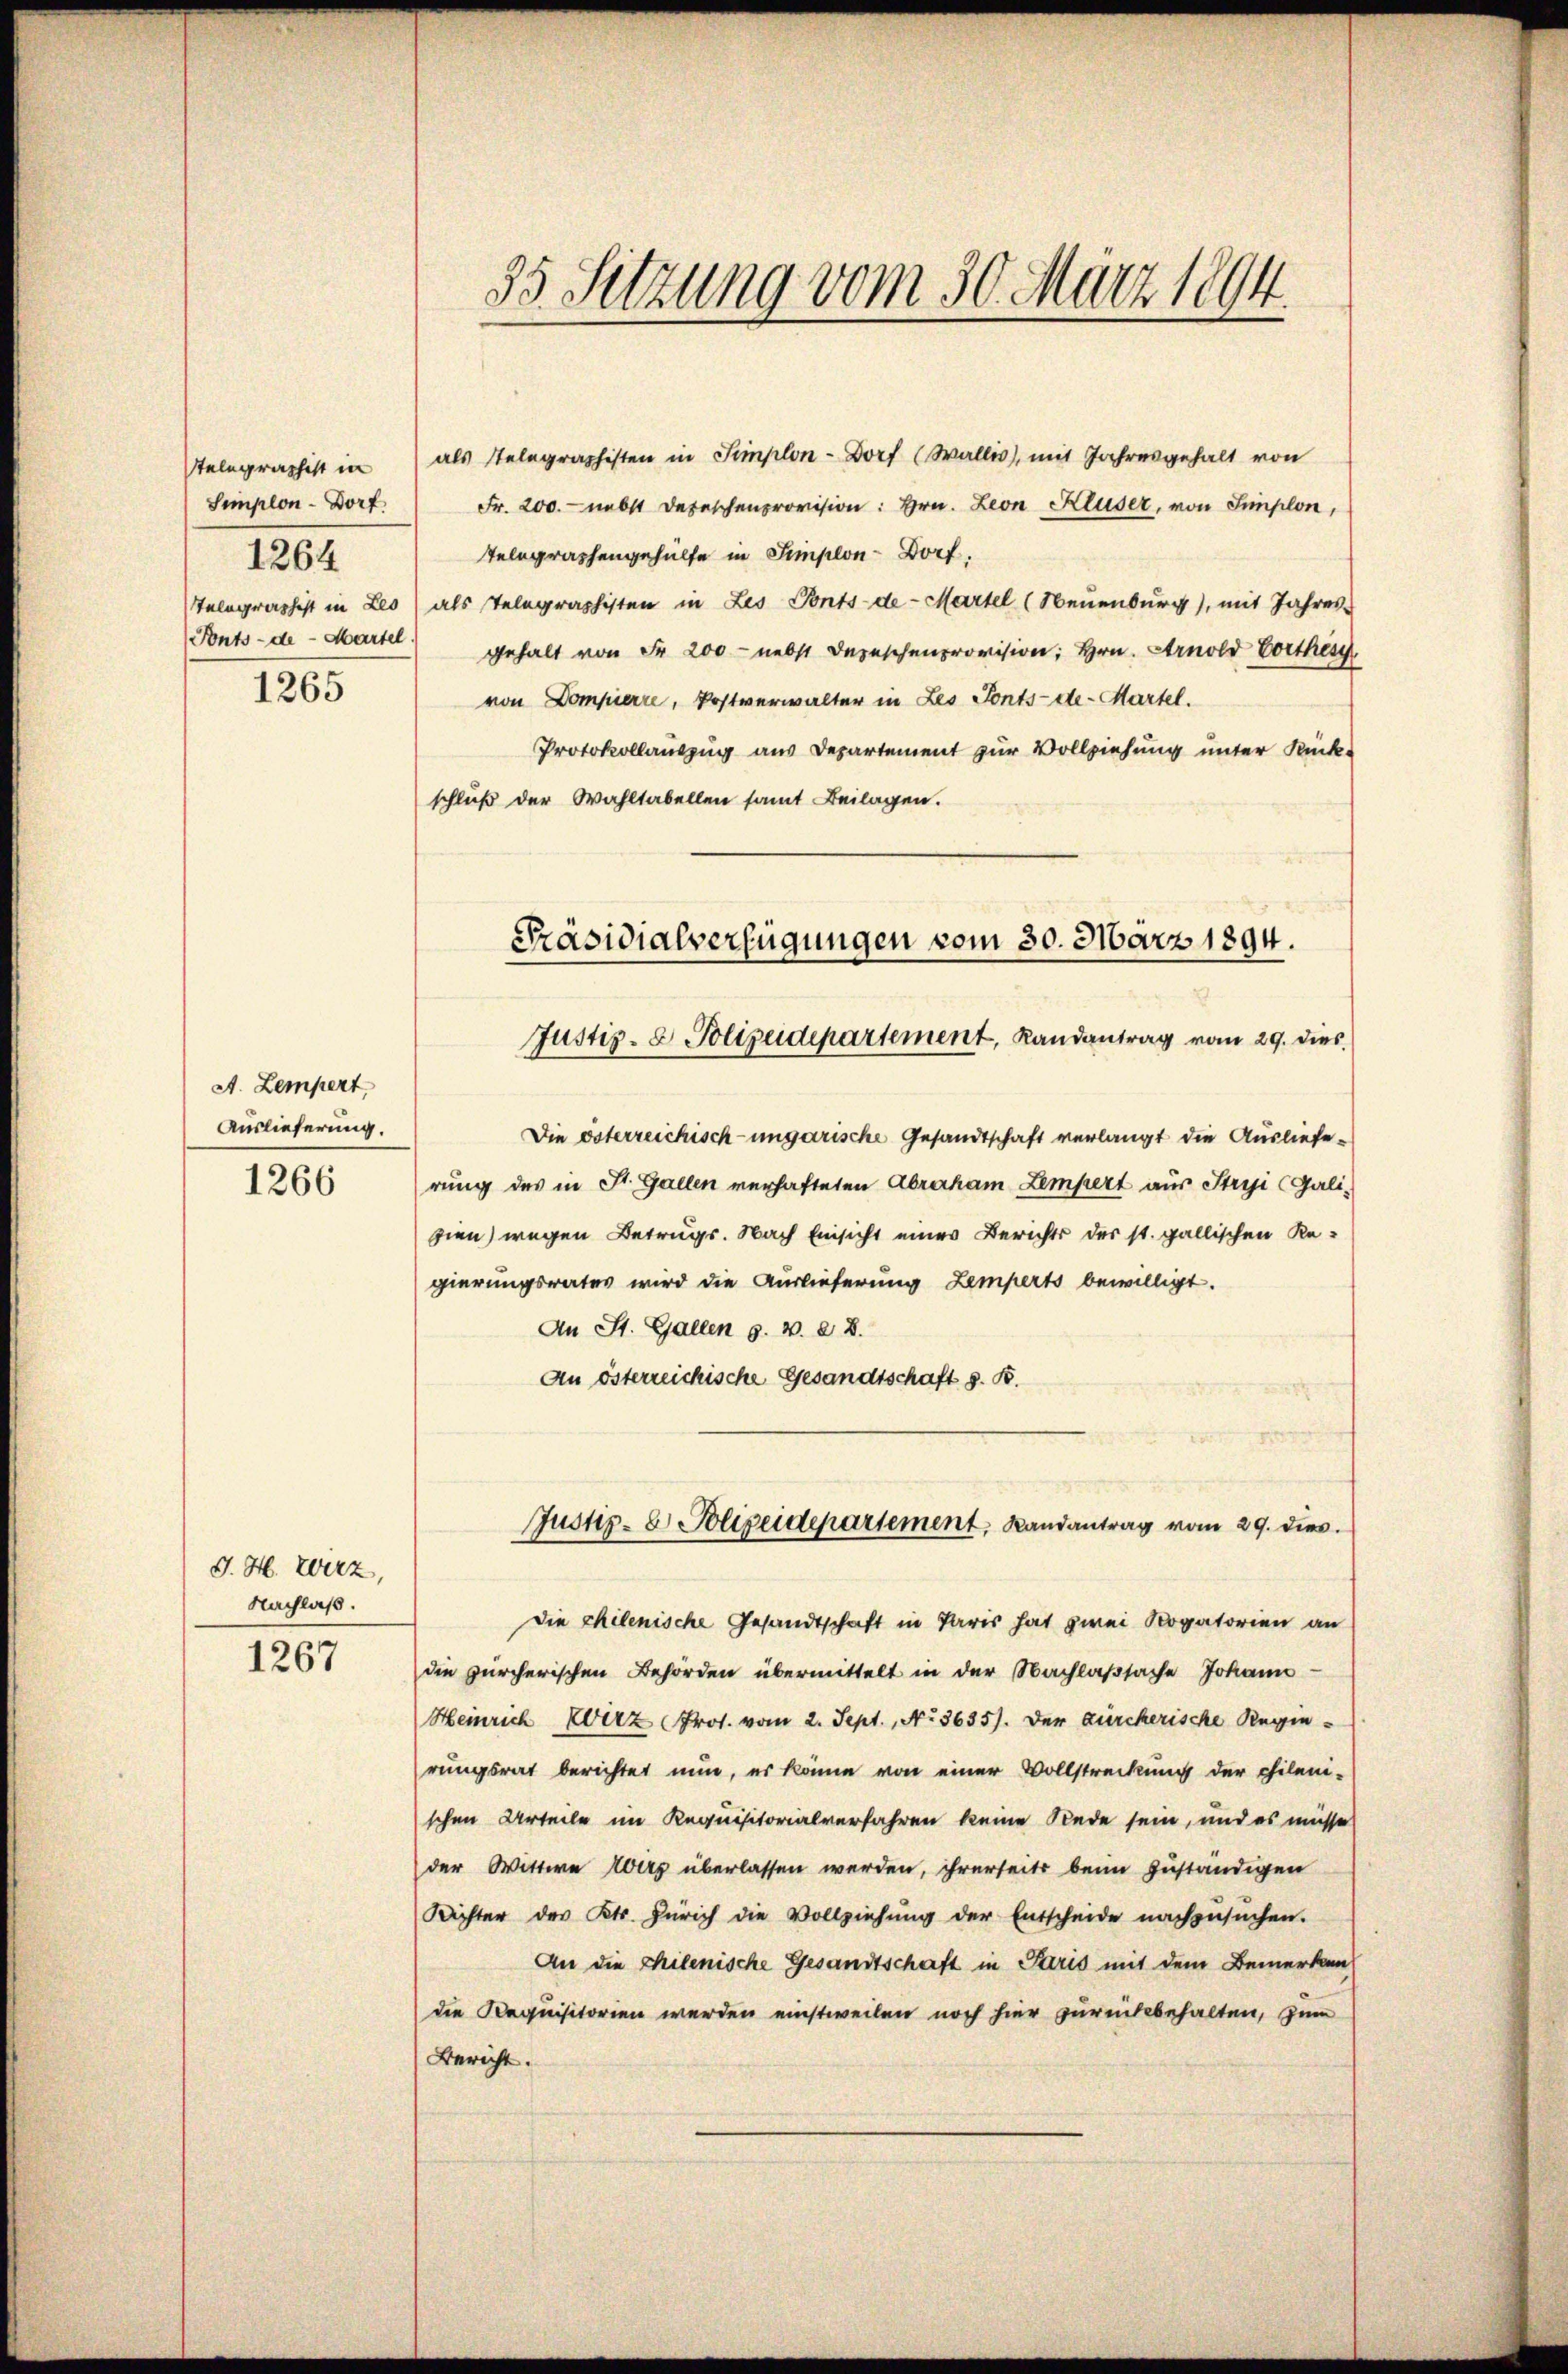
telegraphist in
Simplon - Dorf
1264
Telegraphist in Leo
1265

A. Zempert,
Auslieferung.
1266

1267

J. H. Wirz,
Nachlaß.

35 Setzung vom 30. März 1894.

als stelegraphisten in Simplon- Dorf (Wallis, mit Jahresgehalt von
Fr. 200.- nebst Depeschenprovision: hrn. Leon Kluser, von Simplon,
Telegraphengehülfe in Simplon Dorf,
als Telegraphisten in Les Ponts-de- Martel (Neuenburg), mit Jahres-
Pnts-de- Martet gehalt von Fr. 200 - nebst Depeschenprovision, Hrn. Arnold Vorthes
von Dompierre, Postverwalter in Les Tonts-de-Martel.
Protokollauszug aus Departement zur Vollziehung unter Rück-
schluß der Wahltabellen samt Beilagen.
Präsidialverfügungen vom 30. März 1894.

Justiz- & Polizeidepartement, Landantrag vom 29. dies

Justiz- & Polizeidepartement, Landantrag vom 29. dies

Die österreichisch-ungarische Gesandtschaft verlangt die Auslieferung des in St. Gallen verhafteten Abraham Lempert aus Stryji (Galizien) wegen Betrugs. Nach Einsicht eines Berichts des st. gallischen Re-
gierungsrates wird die Auslieferung Zemperts bewilligt.
An St. Gallen 9. v. 28.
An österreichische Gesandtschaft z. B.
die chilenische Gesandtschaft in Paris hat zwei Rogatorien an
die zürcherischen Behörden übermittelt in der Nachlaßsache Johann
Heinrich verz Prof. vom 2. Sept., No 3635). Der zürcherische Regierungsrat berichtet nun, es könne von einer Vollstreckung der chileni-
schen Urteile im Requisitorialverfahren keine Rede sein, und es müsse
der Wittwe vers überlassen werden, ihrerseits beim zuständigen
Richter des Kts. Zürich die Vollziehŭng der Entscheide nachzusuchen.
An die chilenische Gesandtschaft in Paris mit dem Bemerken
die Requisitorien werden einstweilen noch hier zurückbehalten, zum
Bericht.